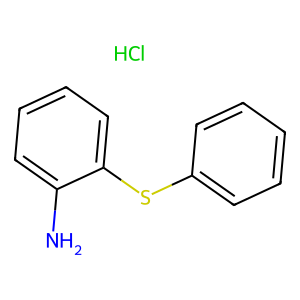
SMILES: Cl.Nc1ccccc1Sc1ccccc1
Inhibits HIV replication: No